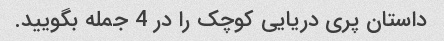
داستان پری دریایی کوچک را در 4 جمله بگویید.